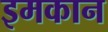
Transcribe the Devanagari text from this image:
इमकान